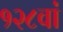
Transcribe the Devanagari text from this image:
१२८वां